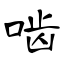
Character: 啮